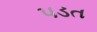
પડત